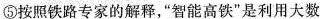
⑤按照铁路专家的解释，”智能高铁”是利用大数